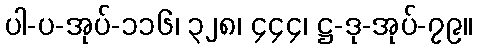
ပါ-ပ-အုပ်-၁၁၆၊ ၃၂၈၊ ၄၄၄၊ ဋ္ဌ-ဒု-အုပ်-၇၉။